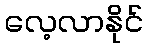
လေ့လာနိုင်